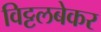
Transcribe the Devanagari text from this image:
विट्टलबेकर